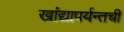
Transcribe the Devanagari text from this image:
खांद्यापर्यन्तची